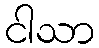
ငါသာ